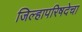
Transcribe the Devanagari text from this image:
जिल्हापरिषदेचा